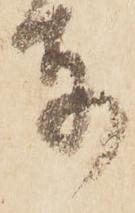
東